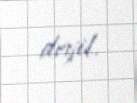
deyil.